Vaccine operations Central Provinces 1900-1911 - 1900-1911
Year: 1900
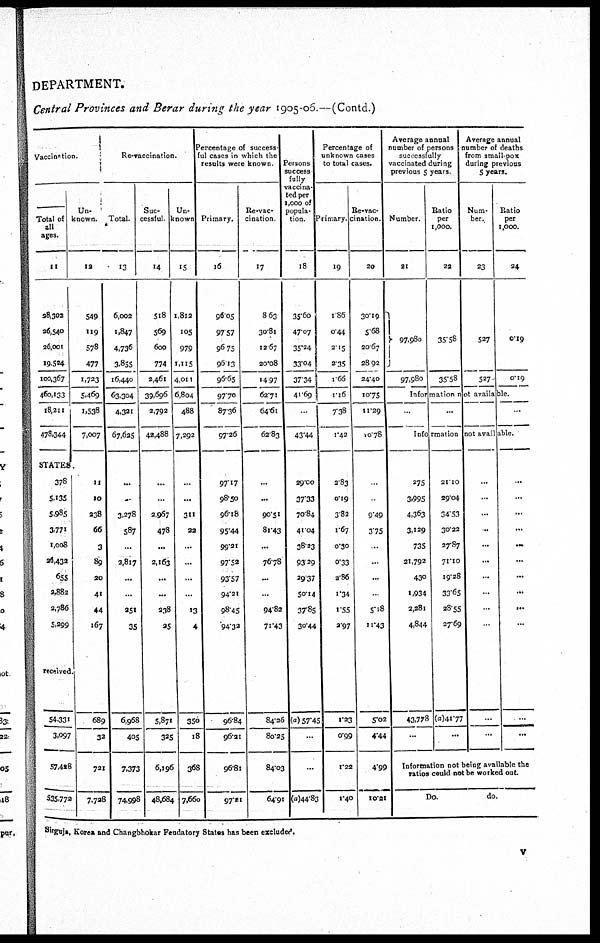
DEPARTMENT.
Central Provinces and Berar during the year 1905-06 —(Contd.)
Vaccination.
Total of
all
ages.
11
28.302
26,540
26,001
19,524
100,367
460,133
18,211
478,344
STATES
378
5,135
5,985
3,771
1,008
26,432
655
2,882
2,786
5,299
received.
54.331
3,097
57,428
535,772
Un-
known.
12
549
119
578
477
1,723
5,469
1,538
7,007
11
10
238
66
3
89
20
41
44
167
689
32
721
7,728
Re-vaccination.
Total
13
6,002
1,847
4,736
3,855
16,440
63,304
4,321
67,625
...
...
3,278
587
...
2,817
...
...
251
35
6,968
405
7,373
74,998
Suc-
cessful
14
518
569
600
774
2,461
39,696
2,792
42,488
...
...
2,967
478
...
2,163
...
...
238
25
5,871
325
6,196
48,684
Un-
known
15
1,812
105
979
1,115
4,011
6,804
488
7,292
...
...
311
22
...
...
...
...
13
4
350
18
368
7,660
Percentage of success-
ful cases in which the
results were known.
Primary.
16
96.05
97.57
96.75
96.13
96.65
97.70
87.36
97.26
97.17
98.50
96.18
95.44
99.21
97.52
93.57
94.21
98.45
94.32
96.84
96.21
96.81
97.21
Re-vac-
cination
17
8.63
30.81
12.67
20.08
14.97
62.71
64.61
62.83
...
...
90.51
81.43
...
76.78
...
...
94.82
71.43
84.26
80.25
84.03
64.91
Persons
success
fully
vaccina-
ted per
1,000 of
popula-
tion.
18
35.6o
47.07
35.24
33.04
37.34
41.69
...
43.44
29.00
37.33
70.84
41.04
38.23
93.29
29.37
50.14
37.85
30.44
(a)57.45
...
...
(a)44.83
Percentage of
unknown cases
to total cases.
Primary.
19
1.86
0.44
2.15
2.35
1.66
1.16
7.38
1.42
2.83
0.19
3.82
1.67
0.30
0.33
2.86
1.34
1.55
2.97
1.23
0.99
1.22
1.40
Re-vac-
cination.
20
30.19
5.68
20.67
28.92
24.40
10.75
11.29
10.78
...
...
9.49
3.75
...
...
...
...
5.18
11.43
5.02
4.44
4.99
10.21
Average annual
number of persons
successfully
vaccinated during
previous 5 years.
Number.
21
97.980
97,980
Ratio
per
1,000.
22
35.58
35.58
Average annual
number of deaths
from small-pox
during previous
5 years.
Num-
ber.
23
527
527
Ratio
per
1,000.
24
0.19
0.19
Information not available
...
... ...
...
Information not available.
275
3,995
4,363
3,129
735
21,792
430
1,934
2,281
4,844
43,778
...
21.10
29.04
34.53
30.22
27.87
71.10
19.28
33.65
28.55
27.69
(a)41.77
...
...
...
...
...
...
...
...
...
...
...
...
...
...
...
...
...
...
...
...
...
...
...
...
...
Information not being available the
ratios could not be worked out
Do.
do.
Sirguja, Korea and Changbhokar Feudatory States has been excluded.
V